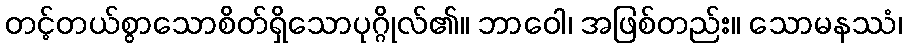
တင့်တယ်စွာသောစိတ်ရှိသောပုဂ္ဂိုလ်၏။ ဘာဝေါ၊ အဖြစ်တည်း။ သောမနဿံ၊